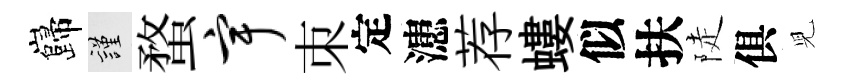
巋謹蝥宇朿定漶荐螻似扶陡俱児